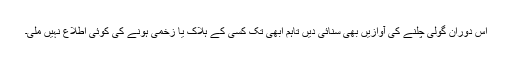
اس دوران گولی چلنے کی آوازیں بھی سنائی دیں تاہم ابھی تک کسی کے ہلاک یا زخمی ہونے کی کوئی اطلاع نہیں ملی۔